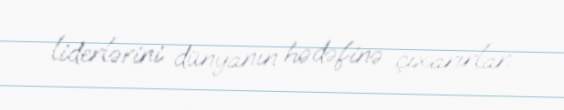
liderlərini dünyanın hədəfinə çıxarırlar.